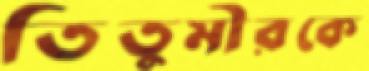
তিতুমীরকে